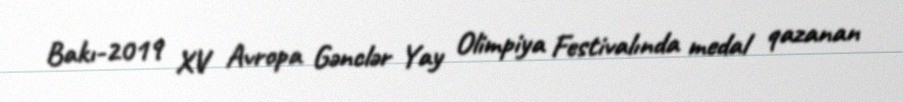
Bakı-2019 XV Avropa Gənclər Yay Olimpiya Festivalında medal qazanan